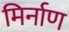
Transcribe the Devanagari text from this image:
मिर्नाण